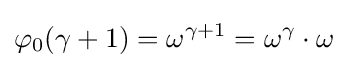
\varphi _{0}(\gamma +1)=\omega ^{\gamma +1}=\omega ^{\gamma }\cdot \omega